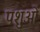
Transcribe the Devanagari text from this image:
पशुआें